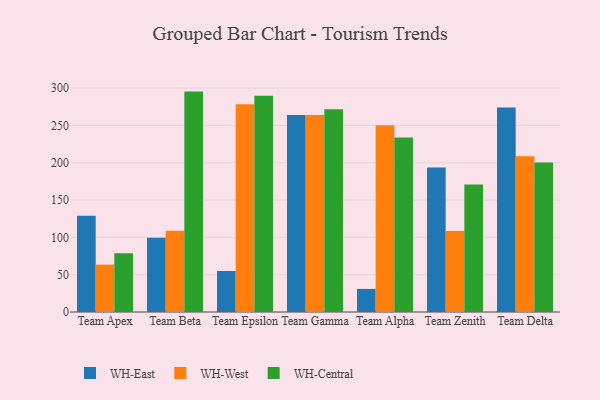
{"axis": {"x": "Team", "y": "Operating Costs (USD K)"}, "legend": ["WH-Central", "WH-East", "WH-West"], "data": [{"x": "Team Apex", "y": 129.0, "type": "WH-East"}, {"x": "Team Apex", "y": 63.5, "type": "WH-West"}, {"x": "Team Apex", "y": 78.7, "type": "WH-Central"}, {"x": "Team Beta", "y": 99.6, "type": "WH-East"}, {"x": "Team Beta", "y": 108.9, "type": "WH-West"}, {"x": "Team Beta", "y": 295.3, "type": "WH-Central"}, {"x": "Team Epsilon", "y": 54.9, "type": "WH-East"}, {"x": "Team Epsilon", "y": 278.2, "type": "WH-West"}, {"x": "Team Epsilon", "y": 289.7, "type": "WH-Central"}, {"x": "Team Gamma", "y": 264.0, "type": "WH-East"}, {"x": "Team Gamma", "y": 263.9, "type": "WH-West"}, {"x": "Team Gamma", "y": 271.7, "type": "WH-Central"}, {"x": "Team Alpha", "y": 30.9, "type": "WH-East"}, {"x": "Team Alpha", "y": 250.1, "type": "WH-West"}, {"x": "Team Alpha", "y": 233.7, "type": "WH-Central"}, {"x": "Team Zenith", "y": 193.7, "type": "WH-East"}, {"x": "Team Zenith", "y": 108.6, "type": "WH-West"}, {"x": "Team Zenith", "y": 170.9, "type": "WH-Central"}, {"x": "Team Delta", "y": 273.9, "type": "WH-East"}, {"x": "Team Delta", "y": 208.7, "type": "WH-West"}, {"x": "Team Delta", "y": 200.4, "type": "WH-Central"}]}